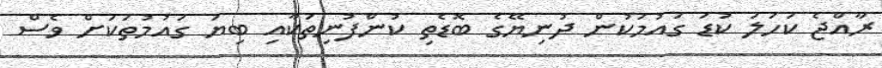
ރާއްޖެ ކަހަލަ ކުޑަ ގައުމަކުން ދުނިޔޭގެ ބޮޑެތި ކުންފުނިތަކާއި ބިޔަ ގައުމުތަކަށް ވެސް